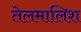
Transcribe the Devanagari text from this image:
तेलमालिश